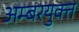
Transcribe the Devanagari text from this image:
अम्बरयुक्त